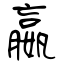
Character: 嬴